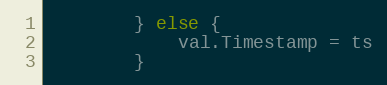
Language: Go
		} else {
			val.Timestamp = ts
		}